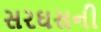
સરઘસની